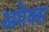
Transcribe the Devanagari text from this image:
अमेक्स